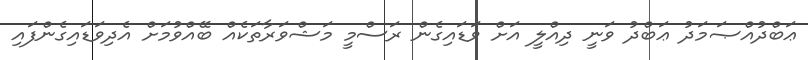
ޢަބްދުއްޞަމަދު ޢަބްދު ވަނީ ދިއްލީ އަށް ވަޑައިގެން ރަސްމީ މަޝްވަރާތަކެއް ބޭއްވުމަށް އެދިވަޑައިގެންފައި